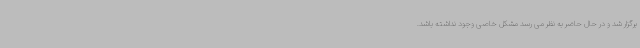
برگزار شد و در حال حاضر به نظر می رسد مشکل خاصی وجود نداشته باشد.